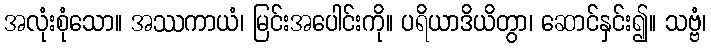
အလုံးစုံသော။ အဿကာယံ၊ မြင်းအပေါင်းကို။ ပရိယာဒိယိတွာ၊ ဆောင်နှင်း၍။ သဗ္ဗံ၊